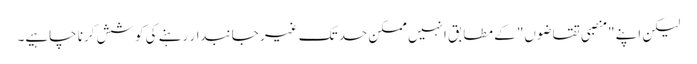
لیکن اپنے "منصبی تقاضوں" کے مطابق انہیں ممکن حد تک غیر جانبدار رہنے کی کوشش کرنا چاہیے۔